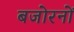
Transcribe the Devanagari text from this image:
बजोरनों